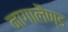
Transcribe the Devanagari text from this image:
नागालैण्‍ड